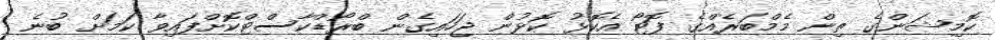
ކޮމިޝަންގެ ތިން މެމްބަރެއްގެ ފޮޓޯ އެކޮޅު ކޮޅުން ޖަހައިގެން ބްރޯޑްކާސްޓްކޮށްފައިވާ ކަމަށް ބުނެ